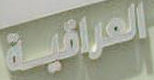
العراقية